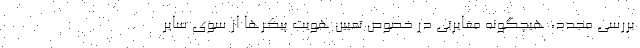
بررسی مجدد، هیچگونه مغایرتی در خصوص تعیین هویت پیکرها از سوی سایر